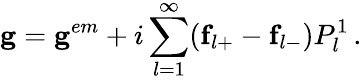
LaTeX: \mathbf{g}=\mathbf{g}^{em}+i\sum_{l=1}^{\infty}(\mathbf{f}_{l+}-\mathbf{f}_{l-})P_{l}^{1}\, .